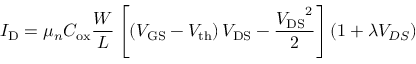
I _ { \mathrm { D } } = \mu _ { n } C _ { \mathrm { o x } } { \frac { W } { L } } \left[ \left( V _ { \mathrm { G S } } - V _ { \mathrm { { t h } } } \right) V _ { \mathrm { D S } } - { \frac { { V _ { \mathrm { D S } } } ^ { 2 } } { 2 } } \right] ( 1 + \lambda V _ { D S } )